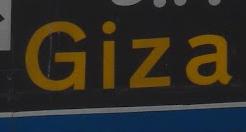
giza